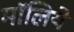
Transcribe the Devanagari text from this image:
मॉलिये